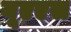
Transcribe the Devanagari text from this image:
यूएएस